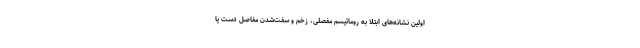
اولین نشانه‌های ابتلا به روماتیسم مفصلی، زخم و سفت‌شدن مفاصل دست یا